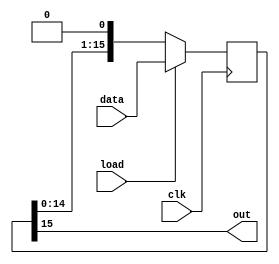
`timescale 1ns / 1ps

// Parallel input serial output shift register.

// Parameters
// WIDTH. width of the state in bits

// Ports
// clk, in. clock signal
// data, in. data to be loaded
// load, in. high when data should be loaded (synchronous w/clk)
// out, out.

module pshiftreg
  #(parameter WIDTH = 16)
   (
    input 	      clk,
    input [WIDTH-1:0] data,
    input 	      load,
    output 	      out
    );
   
   reg [WIDTH-1:0]    state;
   
   assign out = state[WIDTH-1];

   // who needs explicit flipflops. should shift in zero
   always @(posedge(clk))
     begin
	state <= state << 1'b1;
	if (load == 1'b1) state <= data;
     end
   
endmodule